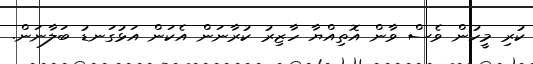
ކުރި މީހުން ވެސް ވާން އޮތިއްޔާ ހާޒިރު ކުރާނަން އެކަން އަޅުގަނޑު ބަލާނަން.